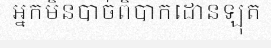
អ្នកមិនបាច់ពិបាកដោនឡុត